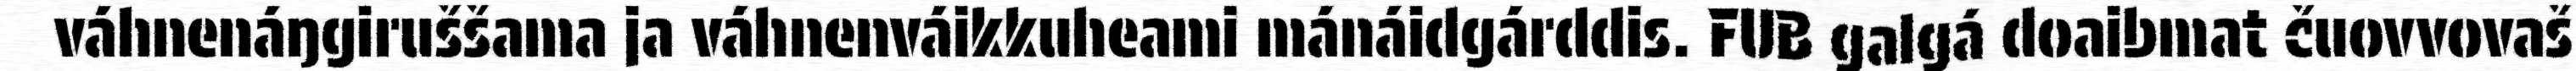
váhnenáŋgiruššama ja váhnenváikkuheami mánáidgárddis. FUB galgá doaibmat čuovvovaš